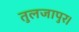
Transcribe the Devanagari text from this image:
तुलजापुर।